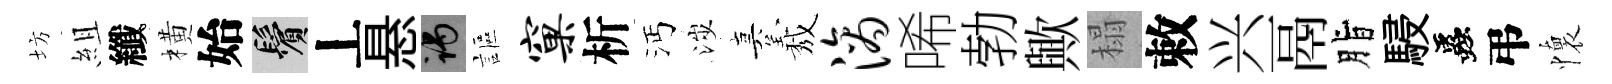
坊組纖橫始鬢丄悬谒謳窠析沔涉真𦏁滴唏勃歟榻敕兴鬲脂駸蟲弔懷